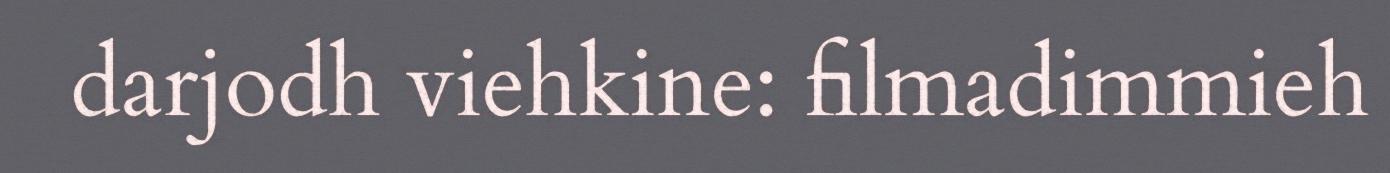
darjodh viehkine: filmadimmieh